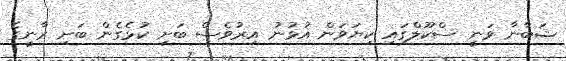
ޝަބާނާ ވަނީ ސްކޫލްގައި ކިޔަވަން އުޅުނު އިރުވެސް ބަށި ކުޅެގެން ބަށި ރާނީގެ